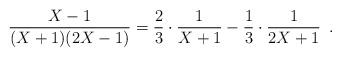
LaTeX: \begin{align*}\frac{X-1}{(X+1)(2X-1)} = \frac{2}{3} \cdot \frac{1}{X+1} - \frac{1}{3} \cdot \frac{1}{2X+1} \enspace .\end{align*}